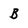
Character: B